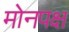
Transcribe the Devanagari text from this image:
मोनपक्ष